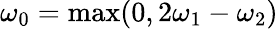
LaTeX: \omega_{0}=\mathrm{max}(0,2\omega_{1}-\omega_{2})